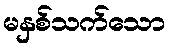
မနှစ်သက်သော